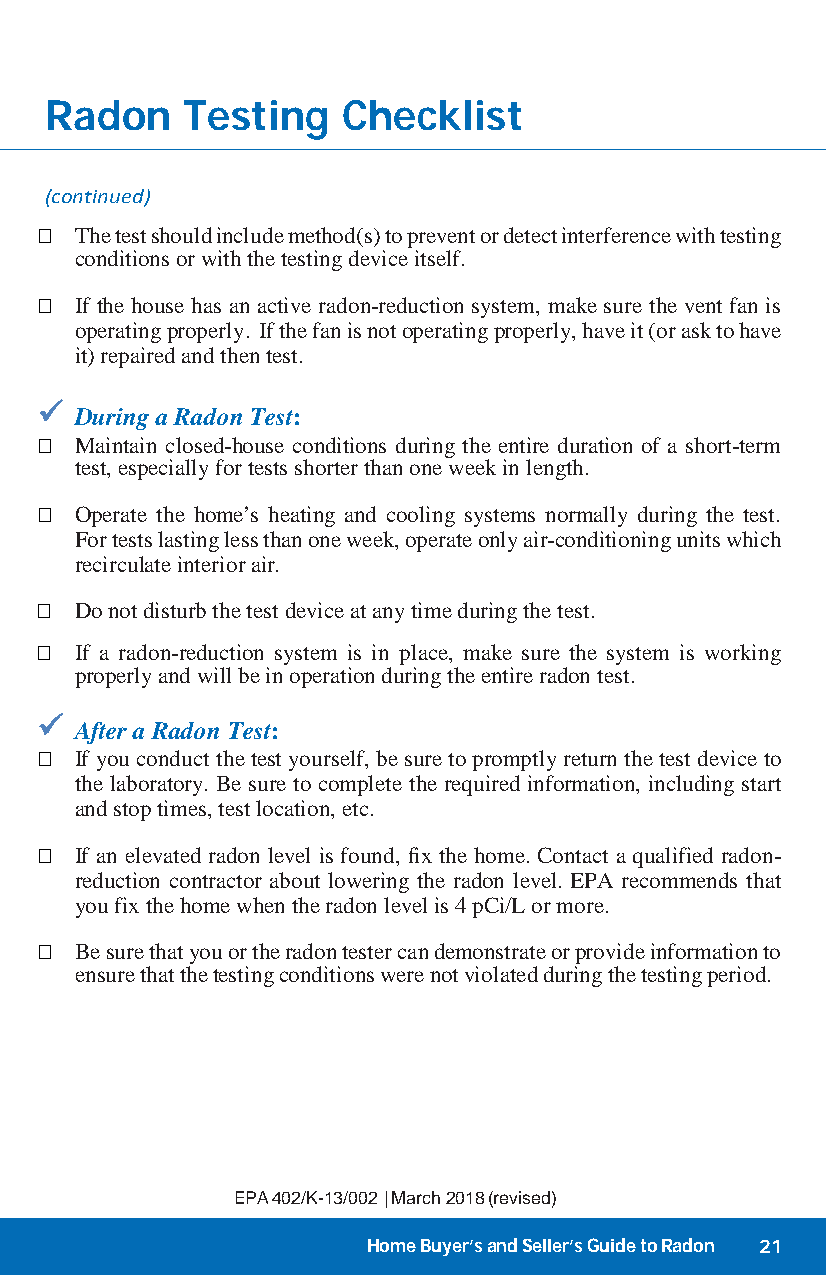
Radon    Testing    Checklist
 (continued)
   The test should include method(s) to prevent or detect interference with testing
 conditions or with the testing device itself.
   If the house has an active radon-reduction system, make sure the vent fan is
 operating properly. If the fan is not operating properly, have it (or ask to have
 it) repaired and then test.
 
 During a Radon Test:
   Maintain closed-house conditions during the entire duration of a short-term
 test, especially for tests shorter than one week in length.
   Operate the home’s heating and cooling systems normally during the test.
 For tests lasting less than one week, operate only air-conditioning units which
 recirculate interior air.
   Do not disturb the test device at any time during the test.
   If a radon-reduction system is in place, make sure the system is working
 properly and will be in operation during the entire radon test.
 
 After a Radon Test:
   If you conduct the test yourself, be sure to promptly return the test device to
 the laboratory. Be sure to complete the required information, including start
 and stop times, test location, etc.
   If an elevated radon level is found, fix the home. Contact a qualified radon-
 reduction contractor about lowering the radon level. EPA recommends that
 you fix the home when the radon level is 4 pCi/L or more.
   Be sure that you or the radon tester can demonstrate or provide information to
 ensure that the testing conditions were not violated during the testing period.
 EPA 402/K-13/002 | March 2018 (revised)
 Home Buyer’s and Seller’s Guide to Radon 21